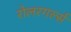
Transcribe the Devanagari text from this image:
रोलरगर्ल्स